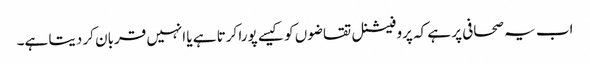
اب یہ صحافی پر ہے کہ پروفیشنل تقاضوں کو کیسے پورا کرتا ہے یا انہیں قربان کر دیتا ہے۔